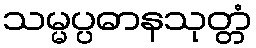
သမ္မပ္ပဓာနသုတ္တံ